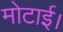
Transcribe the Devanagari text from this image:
मोटाई।